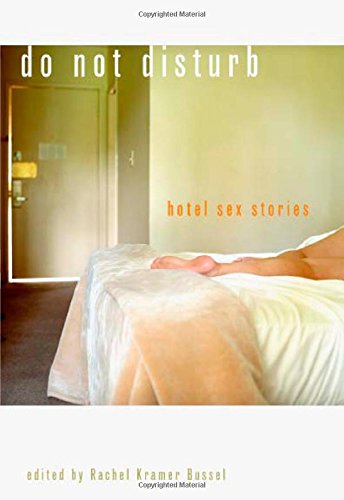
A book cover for Do Not Disturb: Hotel Sex Stories; Romance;